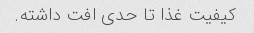
کیفیت غذا تا حدی افت داشته.